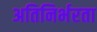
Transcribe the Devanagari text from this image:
अतिनिर्भरता